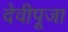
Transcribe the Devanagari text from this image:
देवीपूजा